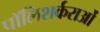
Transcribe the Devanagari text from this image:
पॉलिशर्कराओं